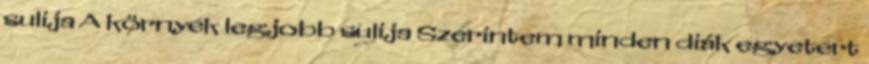
sulija A környék legjobb sulija Szerintem minden diák egyetért